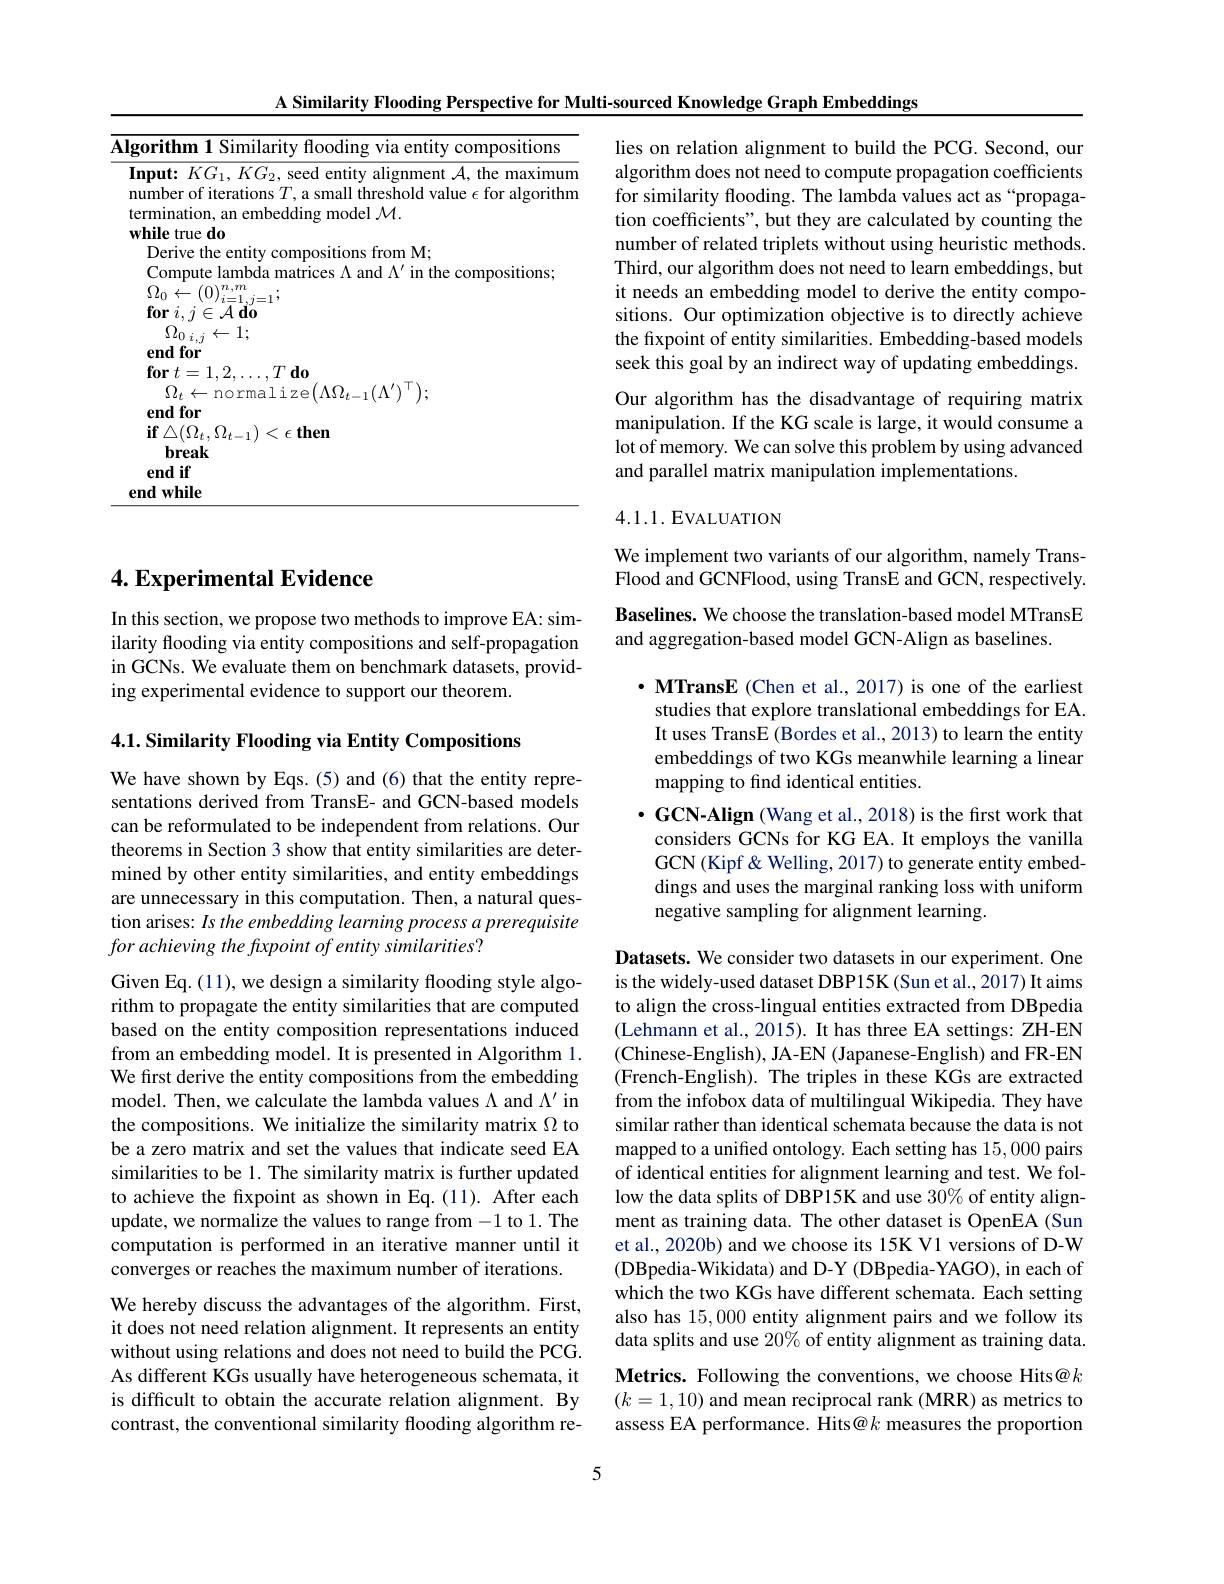
A Similarity Flooding Perspective for Multi-sourced Knowledge Graph Embeddings

## 4. Experimental Evidence

In this section, we propose two methods to improve EA: similarity flooding via entity compositions and self-propagation in GCNs. We evaluate them on benchmark datasets, providing experimental evidence to support our theorem.

4.1. Similarity Flooding via Entity Compositions

We have shown by Eqs. (5) and (6) that the entity representations derived from TransE- and GCN-based models can be reformulated to be independent from relations. Our theorems in Section 3 show that entity similarities are determined by other entity similarities, and entity embeddings are unnecessary in this computation. Then, a natural question arises: Is the embedding learning process a prerequisite for achieving the fuxpoint of entity similarities?

Given Eq. (11), we design a similarity flooding style algorithm to propagate the entity similarities that are computed based on the entity composition representations induced from an embedding model. It is presented in Algorithm 1. We first derive the entity compositions from the embedding model. Then, we calculate the lambda values $\Lambda$ and $\Lambda^\prime$ in the compositions. We initialize the similarity matrix $\Omega$ to be a zero matrix and set the values that indicate seed EA similarities to be 1. The similarity matrix is further updated to achieve the fxpoint as shown in Eq.(11). After each update, we normalize the values to range from -1 to 1. The computation is performed in an iterative manner until it converges or reaches the maximum number of iterations.
We hereby discuss the advantages of the algorithm. First, it does not need relation alignment. It represents an entity without using relations and does not need to build the PCG. As different KGs usually have heterogeneous schemata, it is difficult to obtain the accurate relation alignment. By contrast, the conventional similarity flooding algorithm re-

lies on relation alignment to build the PCG. Second, our algorithm does not need to compute propagation coefficients for similarity flooding. The lambda values act as “propagation coefficients", but they are calculated by counting the number of related triplets without using heuristic methods. Third, our algorithm does not need to learn embeddings, but it needs an embedding model to derive the entity compositions. Our optimization objective is to directly achieve the fixpoint of entity similarities. Embedding-based models seek this goal by an indirect way of updating embeddings. Our algorithm has the disadvantage of requiring matrix manipulation. If the KG scale is large, it would consume a lot of memory. We can solve this problem by using advanced and parallel matrix manipulation implementations.

4.1.1. EVALUATION

We implement two variants of our algorithm, namely TransFlood and GCNFlood, using TransE and GCN, respectively. Baselines. We choose the translation-based model MTransE and aggregation-based model GCN-Align as baselines.

$\cdot$ MTransE (Chen et al., 2017) is one of the earliest studies that explore translational embeddings for EA. It uses TransE (Bordes et al., 2013) to learn the entity embeddings of two KGs meanwhile learning a linear mapping to find identical entities.
$\cdot \textbf{GCN- Align ( Wang et al. , 2018) is the first work that}$
considers GCNs for KG EA. It employs the vanilla GCN (Kipf & Welling, 2017) to generate entity embeddings and uses the marginal ranking loss with uniform negative sampling for alignment learning.

Datasets. We consider two datasets in our experiment. One is the widely-used dataset DBP15K (Sun et al., 2017) It aims to align the cross-lingual entities extracted from DBpedia (Lehmann et al., 2015). It has three EA settings: ZH-EN (Chinese-English), JA-EN (Japanese-English) and FR-EN (French-English). The triples in these KGs are extracted from the infobox data of multilingual Wikipedia. They have similar rather than identical schemata because the data is not mapped to a unified ontology. Each setting has 15,000 pairs of identical entities for alignment learning and test. We follow the data splits of DBP15K and use 30% of entity alignment as training data. The other dataset is OpenEA (Sun et al., 2020b) and we choose its 15K V1 versions of D-W (DBpedia-Wikidata) and D-Y (DBpedia-YAGO), in each of which the two KGs have different schemata. Each setting also has 15,000 entity alignment pairs and we follow its data splits and use 20% of entity alignment as training data. Metrics. Following the conventions, we choose Hits@k $(k=1,10)$ and mean reciprocal rank (MRR) as metrics to assess EA performance. Hits@k measures the proportion

5